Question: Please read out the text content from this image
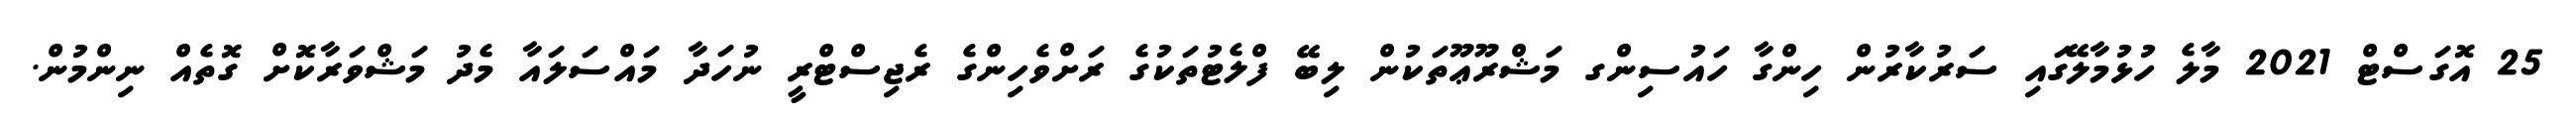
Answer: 25 އޮގަސްޓް 2021 މާލެ ހުޅުމާލޭގައި ސަރުކާރުން ހިންގާ ހައުސިންގ މަޝްރޫޢޫތަކުން ލިބޭ ފްލެޓުތަކުގެ ރަށްވެހިންގެ ރެޖިސްޓްރީ ނުހަދާ މައްސަލައާ މެދު މަޝްވަރާކޮށް ގޮތެއް ނިންމުން.